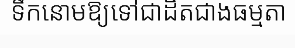
ទឹកនោមឱ្យទៅជាដិតជាងធម្មតា